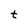
Character: t